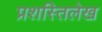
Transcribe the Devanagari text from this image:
प्रशस्तिलेख